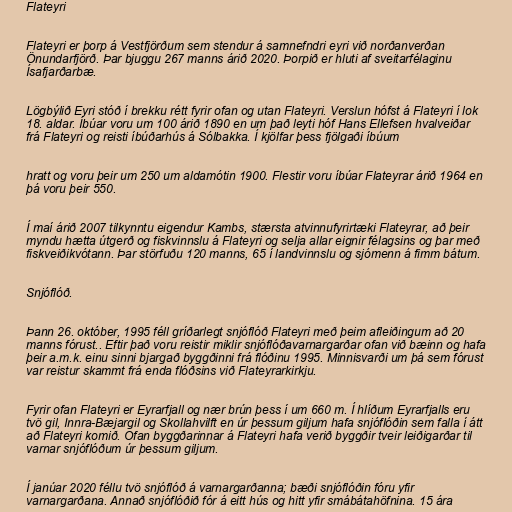
Flateyri

Flateyri er þorp á Vestfjörðum sem stendur á samnefndri eyri við norðanverðan
Önundarfjörð. Þar bjuggu 267 manns árið 2020. Þorpið er hluti af sveitarfélaginu
Ísafjarðarbæ.

Lögbýlið Eyri stóð í brekku rétt fyrir ofan og utan Flateyri. Verslun hófst á Flateyri í lok
18. aldar. Íbúar voru um 100 árið 1890 en um það leyti hóf Hans Ellefsen hvalveiðar
frá Flateyri og reisti íbúðarhús á Sólbakka. Í kjölfar þess fjölgaði íbúum

hratt og voru þeir um 250 um aldamótin 1900. Flestir voru íbúar Flateyrar árið 1964 en
þá voru þeir 550.

Í maí árið 2007 tilkynntu eigendur Kambs, stærsta atvinnufyrirtæki Flateyrar, að þeir
myndu hætta útgerð og fiskvinnslu á Flateyri og selja allar eignir félagsins og þar með
fiskveiðikvótann. Þar störfuðu 120 manns, 65 í landvinnslu og sjómenn á fimm bátum.

Snjóflóð.

Þann 26. október, 1995 féll gríðarlegt snjóflóð Flateyri með þeim afleiðingum að 20
manns fórust.. Eftir það voru reistir miklir snjóflóðavarnargarðar ofan við bæinn og hafa
þeir a.m.k. einu sinni bjargað byggðinni frá flóðinu 1995. Minnisvarði um þá sem fórust
var reistur skammt frá enda flóðsins við Flateyrarkirkju.

Fyrir ofan Flateyri er Eyrarfjall og nær brún þess í um 660 m. Í hlíðum Eyrarfjalls eru
tvö gil, Innra-Bæjargil og Skollahvilft en úr þessum giljum hafa snjóflóðin sem falla í átt
að Flateyri komið. Ofan byggðarinnar á Flateyri hafa verið byggðir tveir leiðigarðar til
varnar snjóflóðum úr þessum giljum.

Í janúar 2020 féllu tvö snjóflóð á varnargarðanna; bæði snjóflóðin fóru yfir
varnargarðana. Annað snjóflóðið fór á eitt hús og hitt yfir smábátahöfnina. 15 ára